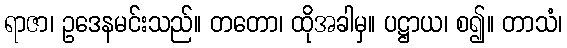
ရာဇာ၊ ဥဒေနမင်းသည်။ တတော၊ ထိုအခါမှ။ ပဋ္ဌာယ၊ စ၍။ တာသံ၊